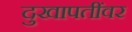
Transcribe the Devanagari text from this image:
दुखापतींवर